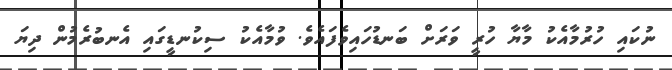
ނުކައި ހުރުމާއެކު މާޔާ ހުރީ ވަރަށް ބަނޑުހައިވެފައެވެ. ވުމާއެކު ސިކުނޑީގައި އެނބުރެމުން ދިޔަ